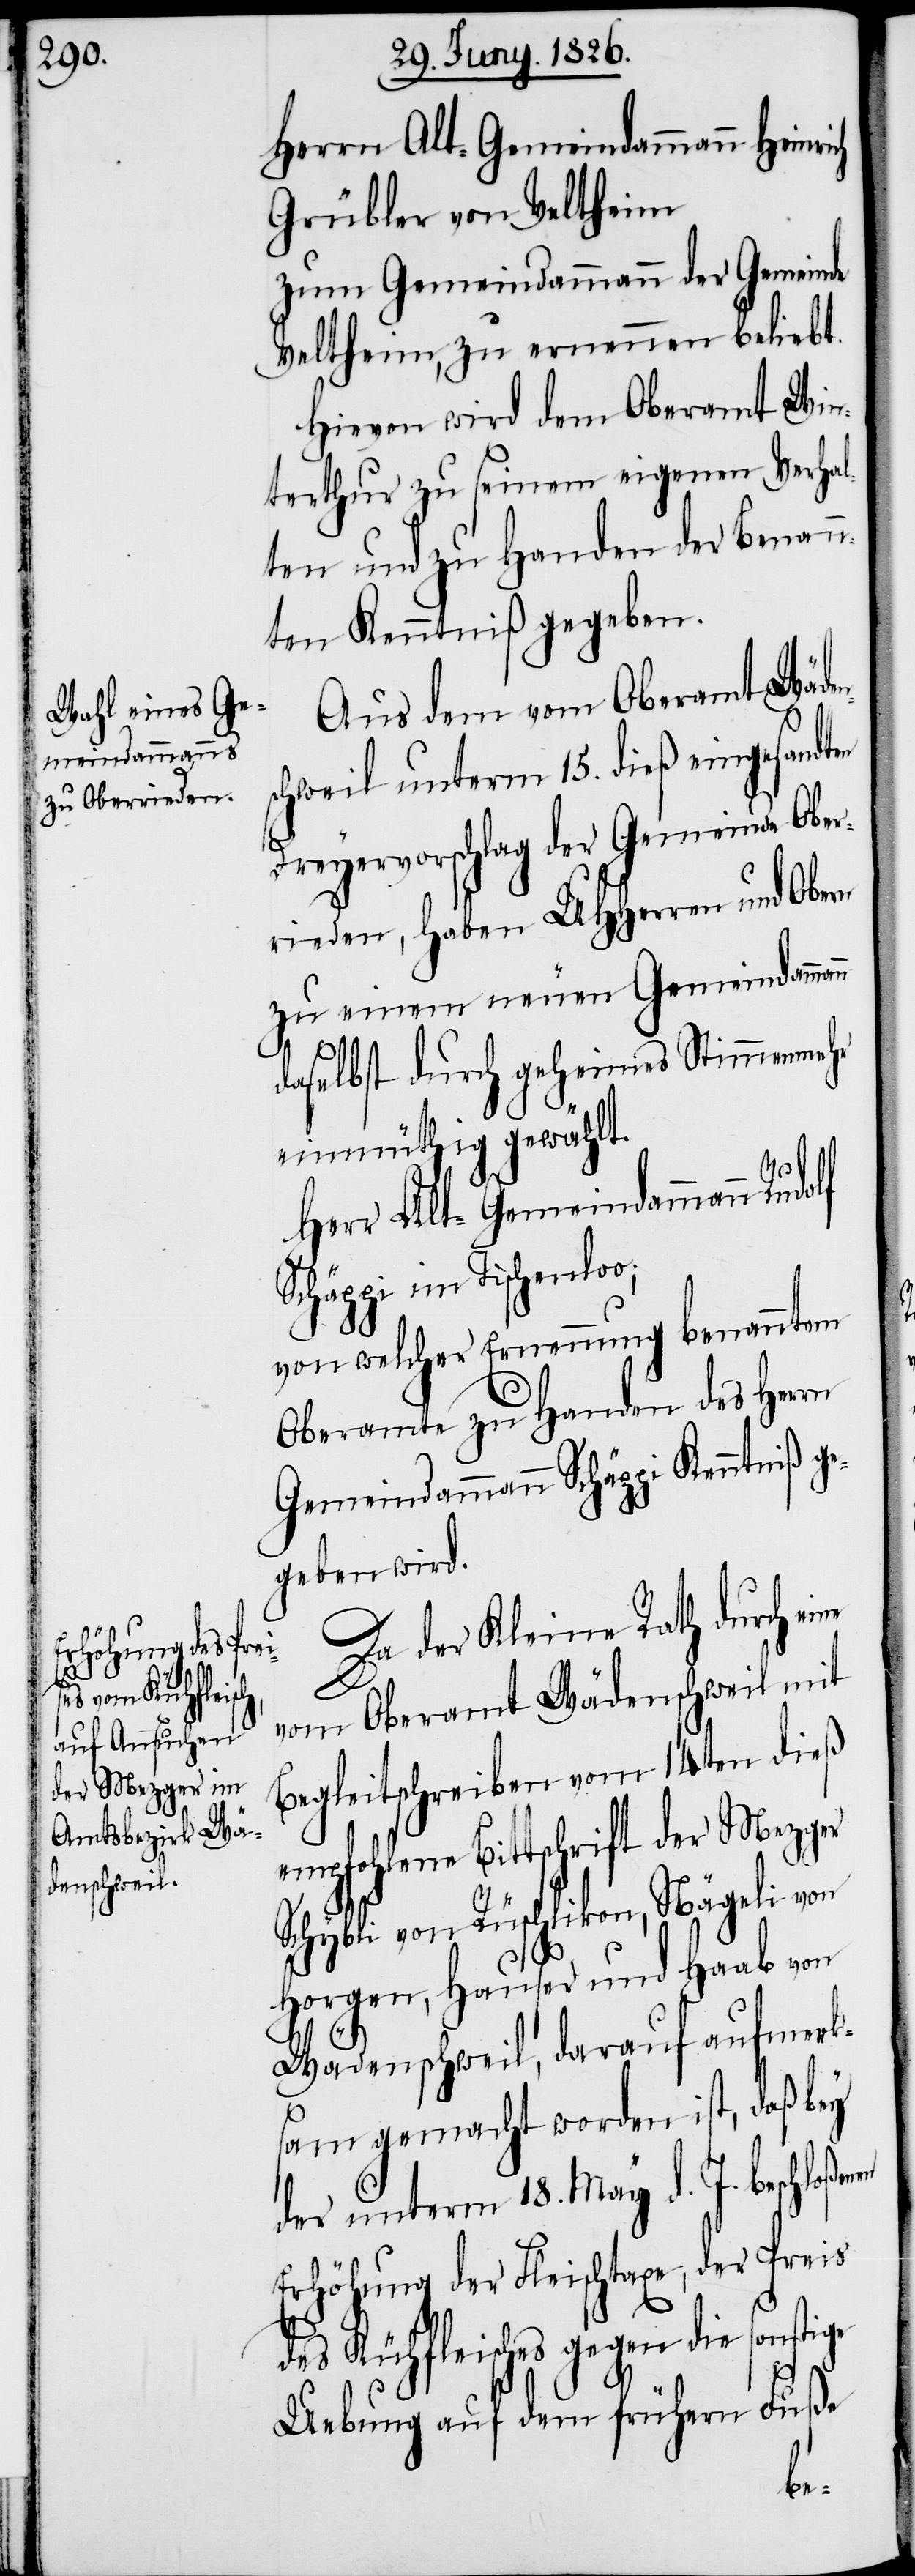
empfohle¬

Herrn Alt-Gemeindammann Heinrich
Grübler von Veltheim
zum Gemeindammann der Gemeinde
Veltheim, zu ernennen beliebt.
Hievon wird dem Oberamt Win¬
terthur zu seinem eigenen Verhal¬
ten und zu Handen der Benann¬
ten Kenntniß gegeben.
Aus dem vom Oberamt Wäden¬
schweil unterm 15. dieß eingesandt¬
Dreyervorschlag der Gemeinde Ober¬
rieden, haben UHHerren und Obern
zu einem neuen Gemeindammann
daselbst durch geheimes Stimmenmehr
einmüthig gewählt.
Herr Alt-Gemeindammann Rudolf
Schäppi im Tischenloo;
von welcher Ernennung benanntem
Oberamte zu Handen des Herrn
Gemeindammann Schäppi Kenntniß g¬
egeben wird.
Da der Kleine Rath durch ei¬
vom Oberamt Wädenschweil mit
Begleitschreiben vom 14ten dieß
ne Bittschrift der Mezger
Schybli von Rüschlikon, Nägeli von
Horgen, Hauser und Haab von
ne
Wädenschweil, darauf aufmerk¬
sam gemacht worden ist, daß bey
der unterm 18. May d. J. beschloße¬
Erhöhung der Fleischtaxe, der Preis
des Kühfleisches gegen die sonstige
Uebung auf dem frühern Fuße
nen